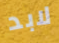
لابد